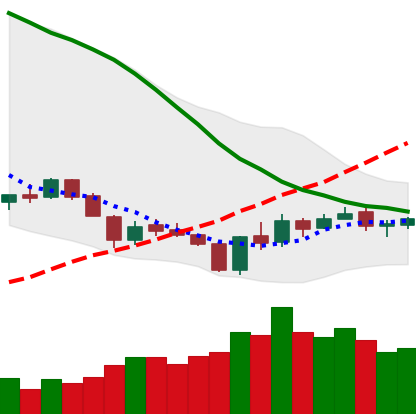
Ticker: XLM-USD
Chart end date: 2018-06-06
Forward return: -14.01%
Label: down_7plus